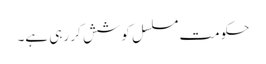
حکومت مسلسل کوشش کر رہی ہے۔